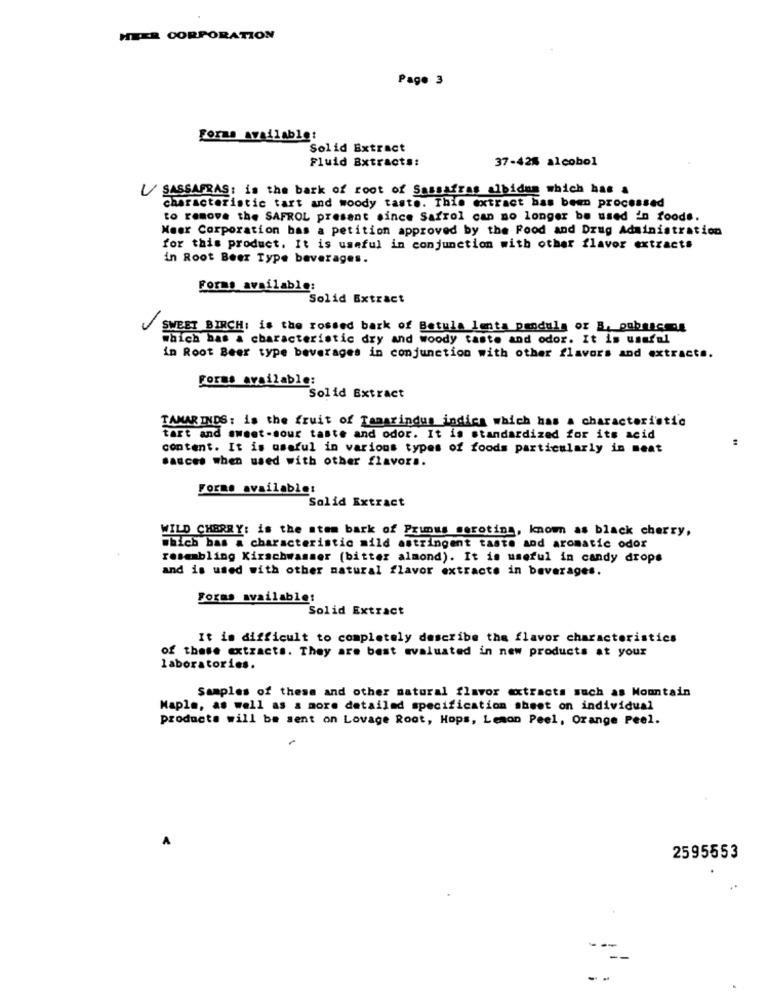
HEER CORPORATION
Page 3
Forma available:
Solid Extract
Fluid Extracts:
37-428 alcobol
U SASSAFRAS: is the bark of root of Sassafras albidam which has a
characteristic tart and woody taste. This extract has been processed
to remove the SAFROL present since Safrol can no longer be used in foods.
Meer Corporation bas a petition approved by the Food and Drug Administration
for this product. It is useful in conjunction with other flavor extracts
in Root Beer Type beverages.
Forms available:
Solid Extract
SWEET BIRCH: is the rossed bark of Betula lenta pendula or B. pubescmy
which bas a characteristic dry and woody taste and odor. It is useful
in Root Beer type beverages in conjunction with other flavors and extracts.
Forms available:
Solid Extract
TAMAR INDS: is the fruit of Tamarindus indica which has a characteristic
tart and sweet-sour taste and odor. It is standardized for its acid
content. It is useful in various types of foods particularly in meat
sauces when used with other flavors.
Forms available:
Solid Extract
WILD CHERRY: is the stem bark of Prunus seroting, known as black cherry,
which bas a characteristic mild astringent taste and aromatic odor
resembling Kirschwasser (bitter almond). It is useful in candy drops
and is used with other natural flavor extracts in beverages.
Forms available!
Solid Extract
It is difficult to completely describe the flavor characteristics
of these extracts. They are best evaluated in new products at your
laboratories.
Samples of these and other natural flavor extracts such as Mountain
Maple, as well as a more detailed specification sheet on individual
products will be sent on Lovage Root, Hops, Lemon Peel, Orange Peel.
2595553